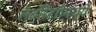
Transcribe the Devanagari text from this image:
लॅबोरेटरीमध्ये